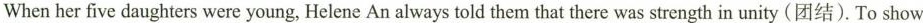
When her five daughters were young, Helene An always told them that there was strength in unity (团结). To show